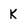
Character: K